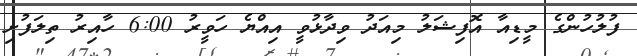
ފުލުހުންގެ މީޑިއާ އޮފިޝަލު މިއަދު ވިދާޅުވީ އިއްޔެ ހަވީރު 6:00 ހާއިރު ތިލަފުށި